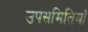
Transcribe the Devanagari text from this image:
उपसमितियाँ